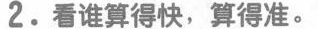
2.看谁算得快，算得准。